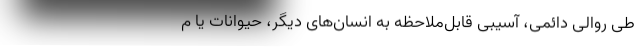
طی روالی دائمی، آسیبی قابل‌ملاحظه به انسان‌های دیگر، حیوانات یا م